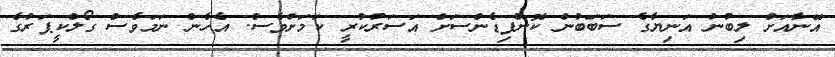
އޭނާއަށް ލިބުނު އަނިޔާގެ ސަބަބުން ކޮންފިޑެންސަށް އަސަރުކުރީ ކަމަށްވެސް. އެހެން ނަމަވެސް ގޯލްކީޕަރުގެ